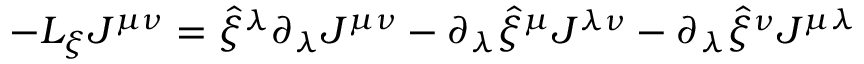
- { \cal L } _ { \xi } J ^ { \mu \nu } = \hat { \xi } ^ { \lambda } \partial _ { \lambda } J ^ { \mu \nu } - \partial _ { \lambda } \hat { \xi } ^ { \mu } J ^ { \lambda \nu } - \partial _ { \lambda } \hat { \xi } ^ { \nu } J ^ { \mu \lambda }